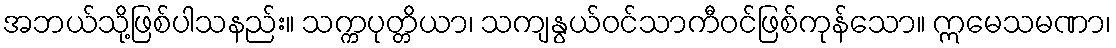
အဘယ်သို့ဖြစ်ပါသနည်း။ သက္ကပုတ္တိယာ၊ သကျနွယ်ဝင်သာကီဝင်ဖြစ်ကုန်သော။ ဣမေသမဏာ၊